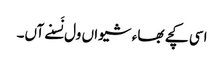
اسی کچے بھاء شیواں ول نَسنے آں۔